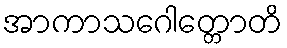
အာကာသဂေါတ္တောတိ